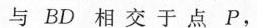
与BD相交于点P，